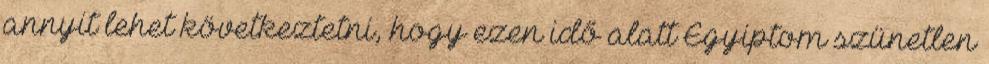
annyit lehet következtetni, hogy ezen idő alatt Egyiptom szünetlen